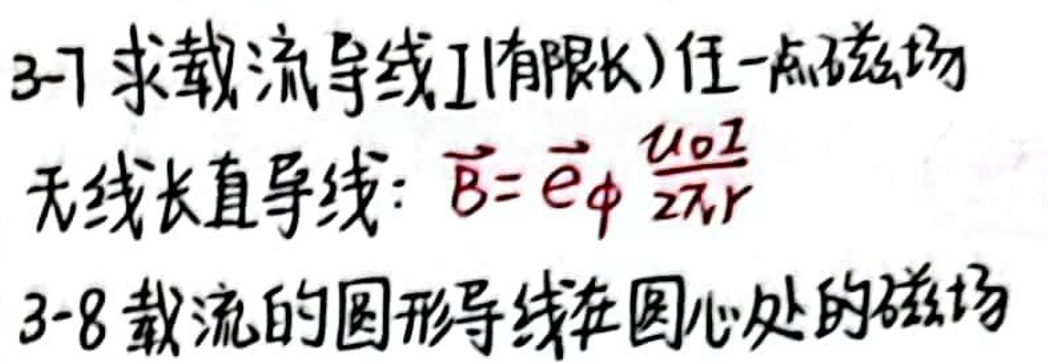
3-7 求载流导线$I$(有限长)任一点磁场

无限长直导线: $\vec{B}=\vec{e}_{\phi}\frac{\mu_0I}{2\pi r}$

3-8 载流的圆形导线在圆心处的磁场